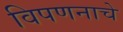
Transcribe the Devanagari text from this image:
विपणनाचे